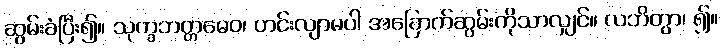
ဆွမ်းခံပြီး၍။ သုက္ခဘတ္တမေဝ၊ ဟင်းလျာမပါ အခြောက်ဆွမ်းကိုသာလျှင်။ လဘိတွာ၊ ၍။